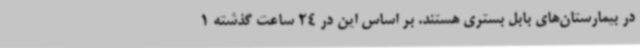
در بیمارستان‌های بابل بستری هستند. بر اساس این در 24 ساعت گذشته 1